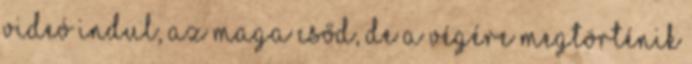
videó indul, az maga csőd, de a végére megtörténik